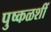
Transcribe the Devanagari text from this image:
पुष्कळशीं